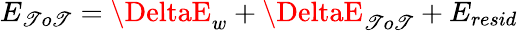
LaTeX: E_{\mathscr{T}o\mathscr{T}}=\DeltaE_{w}+\DeltaE_{\mathscr{T}o\mathscr{T}}+E_{resid}